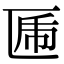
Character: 𠥃